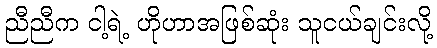
ညီညီက ငါ့ရဲ့ ဟိုဟာအဖြစ်ဆုံး သူငယ်ချင်းလို့